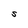
Character: S